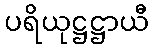
ပရိယုဋ္ဌဋ္ဌာယီ